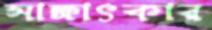
সাক্ষাৎকার